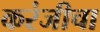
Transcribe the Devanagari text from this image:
करंजीचा